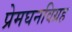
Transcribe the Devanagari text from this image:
प्रेमघनविग्रह